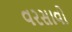
વરસાવો